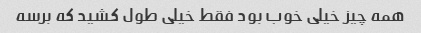
همه چیز خیلی خوب بود فقط خیلی طول کشید که برسه